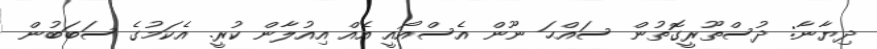
ދިޔާނާ: ދުސްތޫރީގޮތުން ސައްޙަ ނޫން އެސްއޯއީ އެއް އިއުލާން ކުރީ. އެކަމުގެ ސަބަބުން